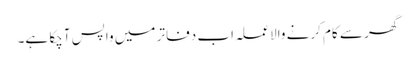
گھر سے کام کرنے والا عملہ اب دفاتر میں واپس آچکا ہے۔